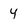
Character: 4